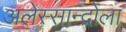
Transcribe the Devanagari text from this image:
अलेस्सान्द्रोला